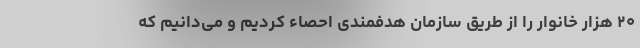
۲۰ هزار خانوار را از طریق سازمان هدفمندی احصاء کردیم و می‌دانیم که